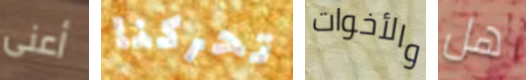
أعنى تحركنا والأخوات هل